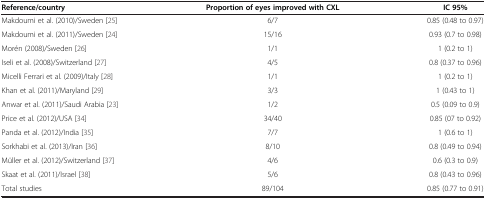
| Reference/country | Proportion of eyes improved with CXL | IC 95% |
 | --- | --- | --- |
 | Makdoumi et al. (2010)/Sweden [25] | 6/7 | 0.85 (0.48 to 0.97) |
 | Makdoumi et al. (2011)/Sweden [24] | 15/16 | 0.93 (0.7 to 0.98) |
 | Morén (2008)/Sweden [26] | 1/1 | 1 (0.2 to 1) |
 | Iseli et al. (2008)/Switzerland [27] | 4/5 | 0.8 (0.37 to 0.96) |
 | Micelli Ferrari et al. (2009)/Italy [28] | 1/1 | 1 (0.2 to 1) |
 | Khan et al. (2011)/Maryland [29] | 3/3 | 1 (0.43 to 1) |
 | Anwar et al. (2011)/Saudi Arabia [23] | 1/2 | 0.5 (0.09 to 0.9) |
 | Price et al. (2012)/USA [34] | 34/40 | 0.85 (07 to 0.92) |
 | Panda et al. (2012)/India [35] | 7/7 | 1 (0.6 to 1) |
 | Sorkhabi et al. (2013)/Iran [36] | 8/10 | 0.8 (0.49 to 0.94) |
 | Müller et al. (2012)/Switzerland [37] | 4/6 | 0.6 (0.3 to 0.9) |
 | Skaat et al. (2011)/Israel [38] | 5/6 | 0.8 (0.43 to 0.96) |
 | Total studies | 89/104 | 0.85 (0.77 to 0.91) |